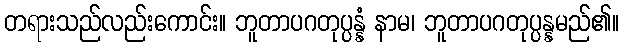
တရားသည်လည်းကောင်း။ ဘူတာပဂတုပ္ပန္နံ နာမ၊ ဘူတာပဂတုပ္ပန္နမည်၏။